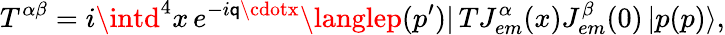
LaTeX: T^{\alpha\beta}=i\intd^{4}x\, e^{-i\mathsf{q}\cdotx}\langlep(p^{\prime})|\, TJ_{em}^{\alpha}(x)J_{em}^{\beta}(0)\, |p(p)\rangle,